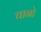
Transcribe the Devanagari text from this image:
चानो